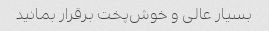
بسیار عالی و خوش‌پخت برقرار بمانید